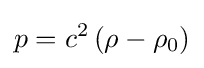
p=c^{2}\left(\rho -\rho _{0}\right)